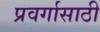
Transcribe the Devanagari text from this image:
प्रवर्गासाठी